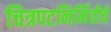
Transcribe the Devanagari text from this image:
चित्रपटनिर्मितीचे